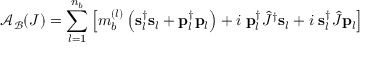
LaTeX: { \mathcal { A } } _ { \mathcal { B } } ( J ) = \sum _ { l = 1 } ^ { n _ { b } } \left[ m _ { b } ^ { ( l ) } \left( { \bf { s } } _ { l } ^ { \dag } { \bf { s } } _ { l } + { \bf { p } } _ { l } ^ { \dag } { \bf { p } } _ { l } \right) + i \; { \bf { p } } _ { l } ^ { \dag } \hat { J } ^ { \dag } { \bf { s } } _ { l } + i \; { \bf { s } } _ { l } ^ { \dag } \hat { J } { \bf p } _ { l } \right]